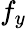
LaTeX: f_{y}